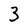
Character: 3